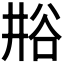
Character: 𫎁